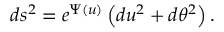
d s ^ { 2 } = e ^ { \Psi ( u ) } \left( d u ^ { 2 } + d \theta ^ { 2 } \right) .